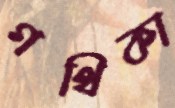
গথিকা